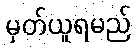
မှတ်ယူရမည်